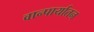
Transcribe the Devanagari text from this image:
वान्पार्यातन